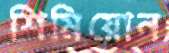
শিমিয়োন